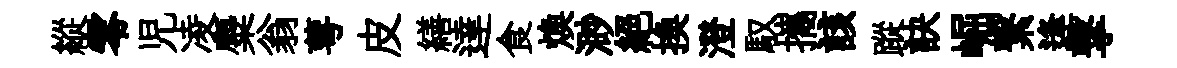
縱零児凌麋翁萼皮繕達食煥渺絕換澄馭攜該蹤訣崛繋逢撃